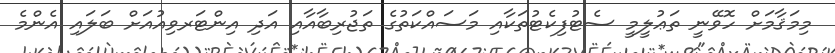
މިމަޤާމަށް ހޮވޭނީ ތަޢުލީމީ ސެޓުފިކެޓުތަކާއި މަސައްކަތުގެ ތަޖުރިބާއާއި އަދި އިންޓަރވިއުއަށް ބަލައިި އެންމެ